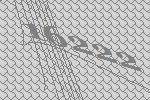
16222